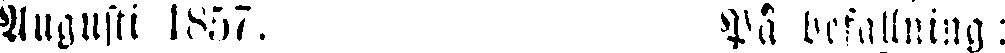
Augusti 1857. På befallning: